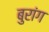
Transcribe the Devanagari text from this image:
बुरांग